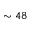
\sim 4 8